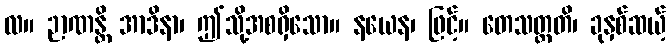
လ။ ဉာဏန္တိ အာဒိနာ၊ ဤသို့အစရှိသော။ နယေန၊ ဖြင့်။ တေသတ္တတိ၊ ခုနှစ်ဆယ့်